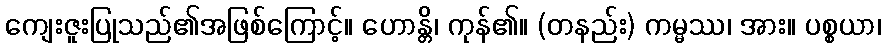
ကျေးဇူးပြုသည်၏အဖြစ်ကြောင့်။ ဟောန္တိ၊ ကုန်၏။ (တနည်း) ကမ္မဿ၊ အား။ ပစ္စယာ၊